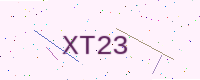
Text: XT23